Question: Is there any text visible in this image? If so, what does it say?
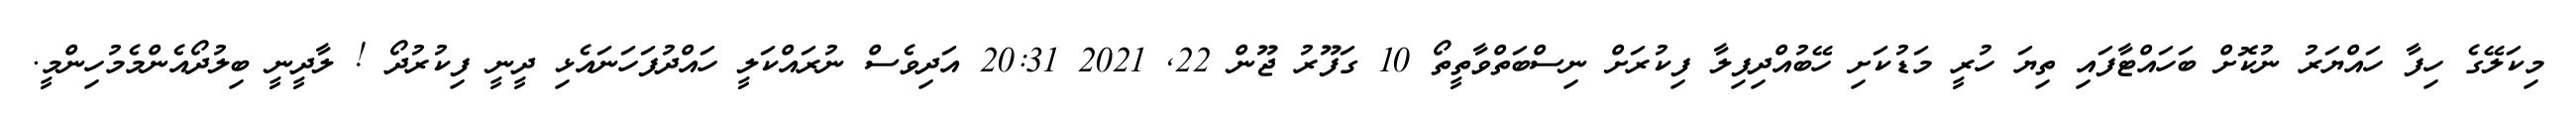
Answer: މިކަލޭގެ ހިފާ ހައްޔަރު ނުކޮށް ބަހައްޓާފައި ތިޔަ ހުރީ މަޑުކަށި ހޭބުއްދިފިލާ ފިކުރަށް ނިސްބަތްވާތީތޯ 10 ގަފޫރު ޖޫން 22, 2021 20:31 އަދިވެސް ނުރައްކަލީ ހައްދުފަހަނައެޅި ދީނީ ފިކުރުދޯ ! ލާދީނީ ބިލުދޯއެންމެމުހިންމީ.